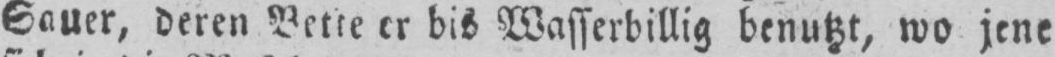
Sauer, deren Bette er bis Wasserbillig benutzt, wo jene